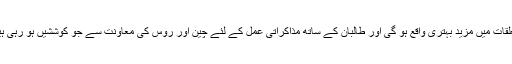
غیرجانبدار اور باخبر تجزیہ کاروں کو امید ہے کہ مستقبل قریب میں دونوں ممالک کے تعلقات میں مزید بہتری واقع ہو گی اور طالبان کے ساتھ مذاکراتی عمل کے لئے چین اور روس کی معاونت سے جو کوششیں ہو رہی ہیں وہ بعض طاقتوں کی سازشوں اور سرگرمیوں کے باوجود کافی نتیجہ خیز ثابت ہوں گی۔